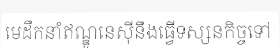
មេដឹកនាំឥណ្ឌូនេស៊ីនឹងធ្វើទស្សនកិច្ចទៅ